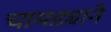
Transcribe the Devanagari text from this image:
चामड्याने